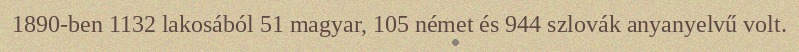
1890-ben 1132 lakosából 51 magyar, 105 német és 944 szlovák anyanyelvű volt.